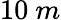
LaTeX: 10\ m